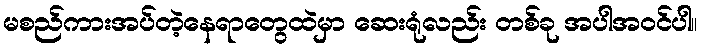
မစည်ကားအပ်တဲ့နေရာတွေထဲမှာ ဆေးရုံလည်း တစ်ခု အပါအဝင်ပါ။